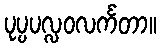
ပုပ္ပပလ္လဝလင်္ကတာ။